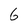
Character: 6